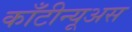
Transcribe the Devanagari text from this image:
काँटीन्यूअस